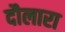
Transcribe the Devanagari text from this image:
दौलारा